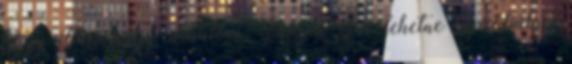
hogy itt a nagy alkalom Valami újat lehetne kipróbálni.